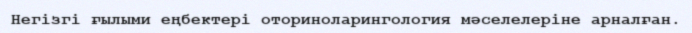
Негізгі ғылыми еңбектері оториноларингология мәселелеріне арналған.